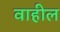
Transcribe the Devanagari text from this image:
वाहील